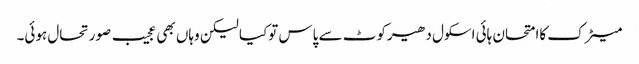
میٹرک کاامتحان ہائی اسکول دھیرکوٹ سے پاس توکیا لیکن وہاں بھی عجیب صورتحال ہوئی۔